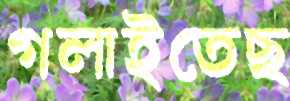
গলাইতেছ